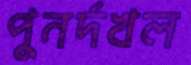
পুনর্দখল